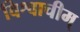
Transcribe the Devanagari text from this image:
विश्वाचीम्